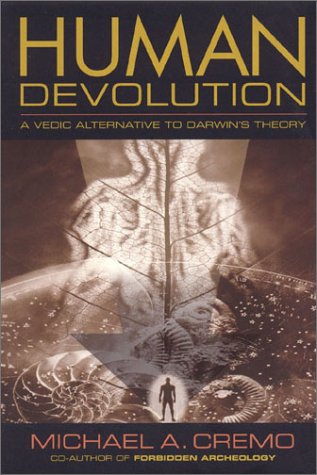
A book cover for Human Devolution: A Vedic Alternative to Darwin's Theory; Michael A. Cremo; Science & Math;